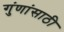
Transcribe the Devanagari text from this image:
गुंणांसाठी